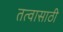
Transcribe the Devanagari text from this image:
तत्वासाठी